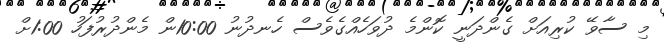
މި ސާވޭ ކުރިއަށް ގެންދަނީ ކޮންމެ ދުވަހެއްގެވެސް ހެނދުނު 10:00ން މެންދުރުފަހު 1:00ށް